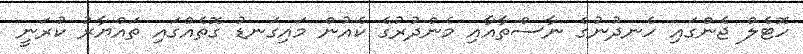
ހޮޓެލް ޖެންގައި ހެނދުނުގެ ނާސްތާއާއި މެންދުރުގެ ކެއުން މައިގަނޑު ގޮތެއްގައި ތައްޔާރު ކުރަނީ